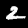
Digit: 2